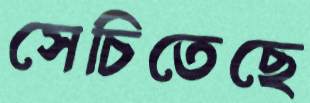
সেচিতেছে